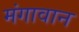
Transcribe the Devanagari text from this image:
मंगावान